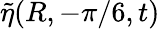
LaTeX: \tilde{\eta}(R,-\pi/6,t)